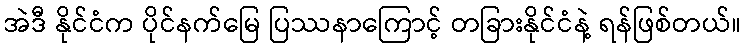
အဲဒီ နိုင်ငံက ပိုင်နက်မြေ ပြဿနာကြောင့် တခြားနိုင်ငံနဲ့ ရန်ဖြစ်တယ်။